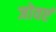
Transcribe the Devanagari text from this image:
जोवएं